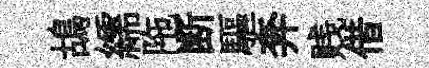
鴣繻陁断驅奔贱借